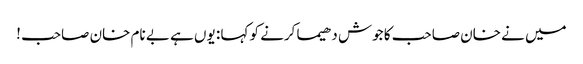
میں نے خان صاحب کا جوش دھیما کرنے کو کہا : یوں ہے بے نام خان صاحب !